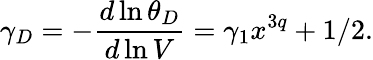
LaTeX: \gamma_{D}=-\frac{d\ln\theta_{D}}{d\ln V}=\gamma_{1}x^{3q}+1/2.